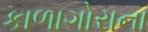
કાળાગોરાના